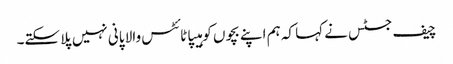
چیف جسٹس نے کہا کہ ہم اپنے بچوں کو ہیپاٹائٹس والا پانی نہیں پلا سکتے۔